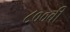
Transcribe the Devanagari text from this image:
८००वीं